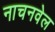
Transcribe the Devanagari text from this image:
नाचनवेल